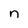
Character: n